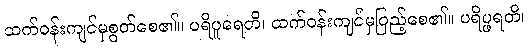
ထက်ဝန်းကျင်မှစွတ်စေ၏။ ပရိပူရေတိ၊ ထက်ဝန်းကျင်မှပြည့်စေ၏။ ပရိပ္ဖရတိ၊